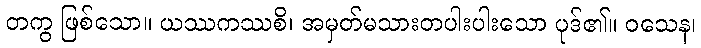
တကွ ဖြစ်သော။ ယဿကဿစိ၊ အမှတ်မသားတပါးပါးသော ပုဒ်၏။ ဝသေန၊